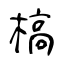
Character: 槁